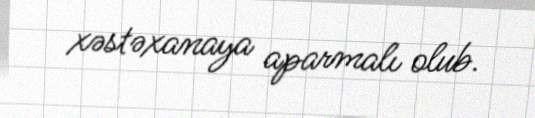
xəstəxanaya aparmalı olub.